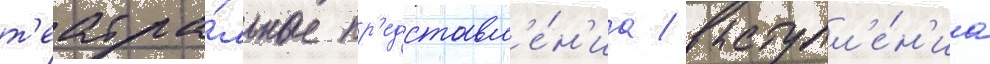
т'еатра́льные пр'едставл'е́н'иа / выступл'е́н'иа